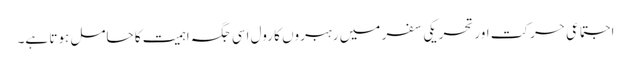
اجتماعی حرکت اور تحریکی سفر میں رہبروں کا رول اسی جگہ اہمیت کا حامل ہوتا ہے۔